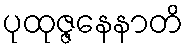
ပုထုဇ္ဇနေနာတိ